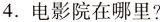
4.电影院在哪里？